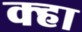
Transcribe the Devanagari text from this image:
क्हा